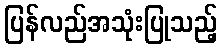
ပြန်လည်အသုံးပြုသည့်